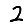
Digit: 2